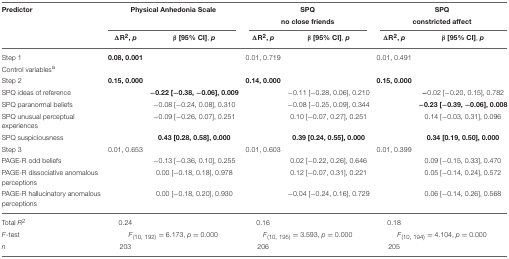
<table><thead><tr><td><b>Predictor</b></td><td colspan="2"><b>Physical Anhedonia Scale</b></td><td colspan="2"><b>SPQ no close friends</b></td><td colspan="2"><b>SPQ constricted affect</b></td></tr><tr><td></td><td><b>ΔR<sup>2</sup>, <i>p</i></b></td><td><b>β [95% CI], <i>p</i></b></td><td><b>ΔR<sup>2</sup>, <i>p</i></b></td><td><b>β [95% CI], <i>p</i></b></td><td><b>ΔR<sup>2</sup>, <i>p</i></b></td><td><b>β [95% CI], <i>p</i></b></td></tr></thead><tbody><tr><td>Step 1</td><td><b>0.08, 0.001</b></td><td></td><td>0.01, 0.719</td><td></td><td>0.01, 0.491</td><td></td></tr><tr><td>Control variables<sup>a</sup></td><td></td><td></td><td></td><td></td><td></td><td></td></tr><tr><td>Step 2</td><td><b>0.15, 0.000</b></td><td></td><td><b>0.14, 0.000</b></td><td></td><td><b>0.15, 0.000</b></td><td></td></tr><tr><td>SPQ ideas of reference</td><td></td><td>−<b>0.22 [</b>−<b>0.38</b>, −<b>0.06], 0.009</b></td><td></td><td>−0.11 [−0.28, 0.06], 0.210</td><td></td><td>−0.02 [−0.20, 0.15], 0.782</td></tr><tr><td>SPQ paranormal beliefs</td><td></td><td>−0.08 [−0.24, 0.08], 0.310</td><td></td><td>−0.08 [−0.25, 0.09], 0.344</td><td></td><td>−<b>0.23 [</b>−<b>0.39</b>, −<b>0.06], 0.008</b></td></tr><tr><td>SPQ unusual perceptual experiences</td><td></td><td>−0.09 [−0.26, 0.07], 0.251</td><td></td><td>0.10 [−0.07, 0.27], 0.251</td><td></td><td>0.14 [−0.03, 0.31], 0.096</td></tr><tr><td>SPQ suspiciousness</td><td></td><td><b>0.43 [0.28, 0.58], 0.000</b></td><td></td><td><b>0.39 [0.24, 0.55], 0.000</b></td><td></td><td><b>0.34 [0.19, 0.50], 0.000</b></td></tr><tr><td>Step 3</td><td>0.01, 0.653</td><td></td><td>0.01, 0.603</td><td></td><td>0.01, 0.399</td><td></td></tr><tr><td>PAGE-R odd beliefs</td><td></td><td>−0.13 [−0.36, 0.10], 0.255</td><td></td><td>0.02 [−0.22, 0.26], 0.646</td><td></td><td>0.09 [−0.15, 0.33], 0.470</td></tr><tr><td>PAGE-R dissociative anomalous perceptions</td><td></td><td>0.00 [−0.18, 0.18], 0.978</td><td></td><td>0.12 [−0.07, 0.31], 0.221</td><td></td><td>0.05 [−0.14, 0.24], 0.572</td></tr><tr><td>PAGE-R hallucinatory anomalous perceptions</td><td></td><td>0.00 [−0.18, 0.20], 0.930</td><td></td><td>−0.04 [−0.24, 0.16], 0.729</td><td></td><td>0.06 [−0.14, 0.26], 0.568</td></tr><tr><td>Total <i>R<sup>2</sup></i></td><td>0.24</td><td></td><td>0.16</td><td></td><td>0.18</td><td></td></tr><tr><td><i>F</i>-test</td><td colspan="2"><i>F</i><sub>(10, 192)</sub> = 6.173, <i>p</i> = 0.000</td><td colspan="2"><i>F</i><sub>(10, 195)</sub> = 3.593, <i>p</i> = 0.000</td><td colspan="2"><i>F</i><sub>(10, 194)</sub> = 4.104, <i>p</i> = 0.000</td></tr><tr><td><i>n</i></td><td>203</td><td></td><td>206</td><td></td><td>205</td><td></td></tr></tbody></table>